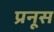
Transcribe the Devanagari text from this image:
प्रनूस